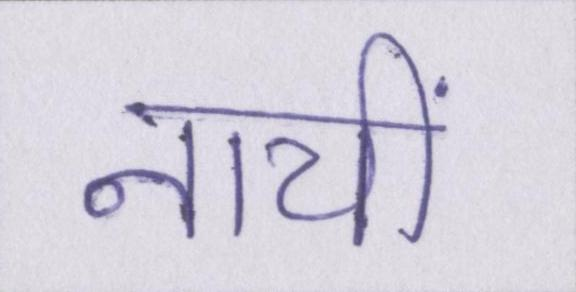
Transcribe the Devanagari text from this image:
नायीं